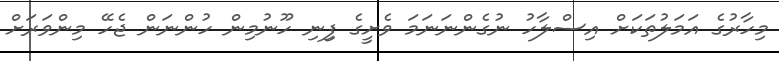
މިހާރުގެ އަމަލުތަކަށް އިސްލާހު ނުގެންނަނަމަ ވެށީގެ ފިިނި ހޫނުމިން ހުންނަން ޖެހޭ މިންވަރަށް